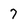
Character: 7